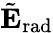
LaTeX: \tilde{\mathbf{E}}_{\mathrm{{rad}}}